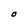
Character: O